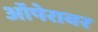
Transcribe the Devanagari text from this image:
ऑपेरावर